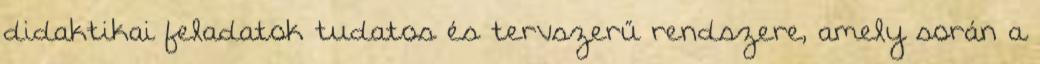
didaktikai feladatok tudatos és tervszerű rendszere, amely során a